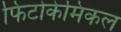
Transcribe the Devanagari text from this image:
फिटोकेमिकल